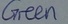
Text: GREEN